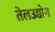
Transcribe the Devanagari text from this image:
तेलउद्योग